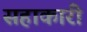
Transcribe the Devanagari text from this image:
सहाकारी